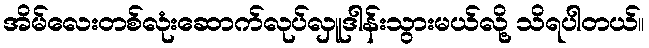
အိမ်လေးတစ်လုံးဆောက်လုပ်လှူဒါန်းသွားမယ်လို့ သိရပါတယ်။